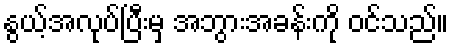
နွယ့်အလုပ်ပြီးမှ အဘွားအခန်းကို ဝင်သည်။